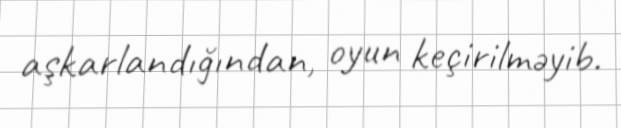
aşkarlandığından, oyun keçirilməyib.